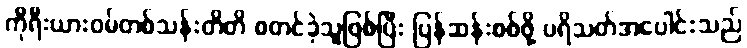
ကိုရီးယားဝမ်တစ်သန်းတိတိ စတင်ခဲ့သူဖြစ်ပြီး ပြန်ဆန်းစစ်ဖို့ ပရိသတ်အပေါင်းသည်